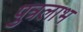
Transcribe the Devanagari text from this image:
पुत्रलाभ